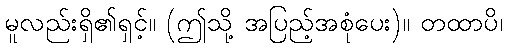
မူလည်းရှိ၏ရှင့်။ (ဤသို့ အပြည့်အစုံပေး)။ တထာပိ၊